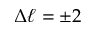
\Delta \ell = \pm 2